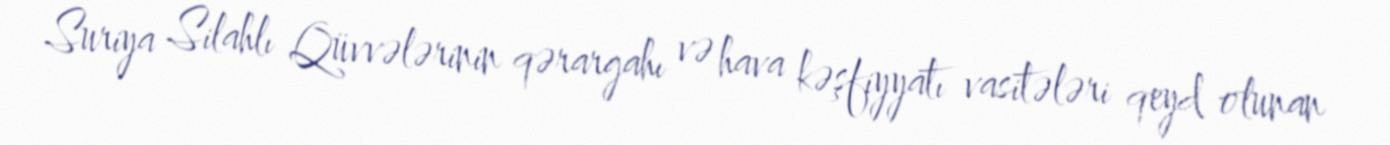
Suriya Silahlı Qüvvələrinin qərargahı və hava kəşfiyyatı vasitələri qeyd olunan